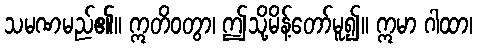
သမဏမည်၏။ ဣတိဝတွာ၊ ဤသို့မိန့်တော်မူ၍။ ဣမာ ဂါထာ၊